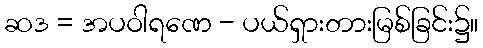
ဆဒ = အပဝါရဏေ - ပယ်ရှားတားမြစ်ခြင်း၌။